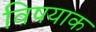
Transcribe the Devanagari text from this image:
विषयाक